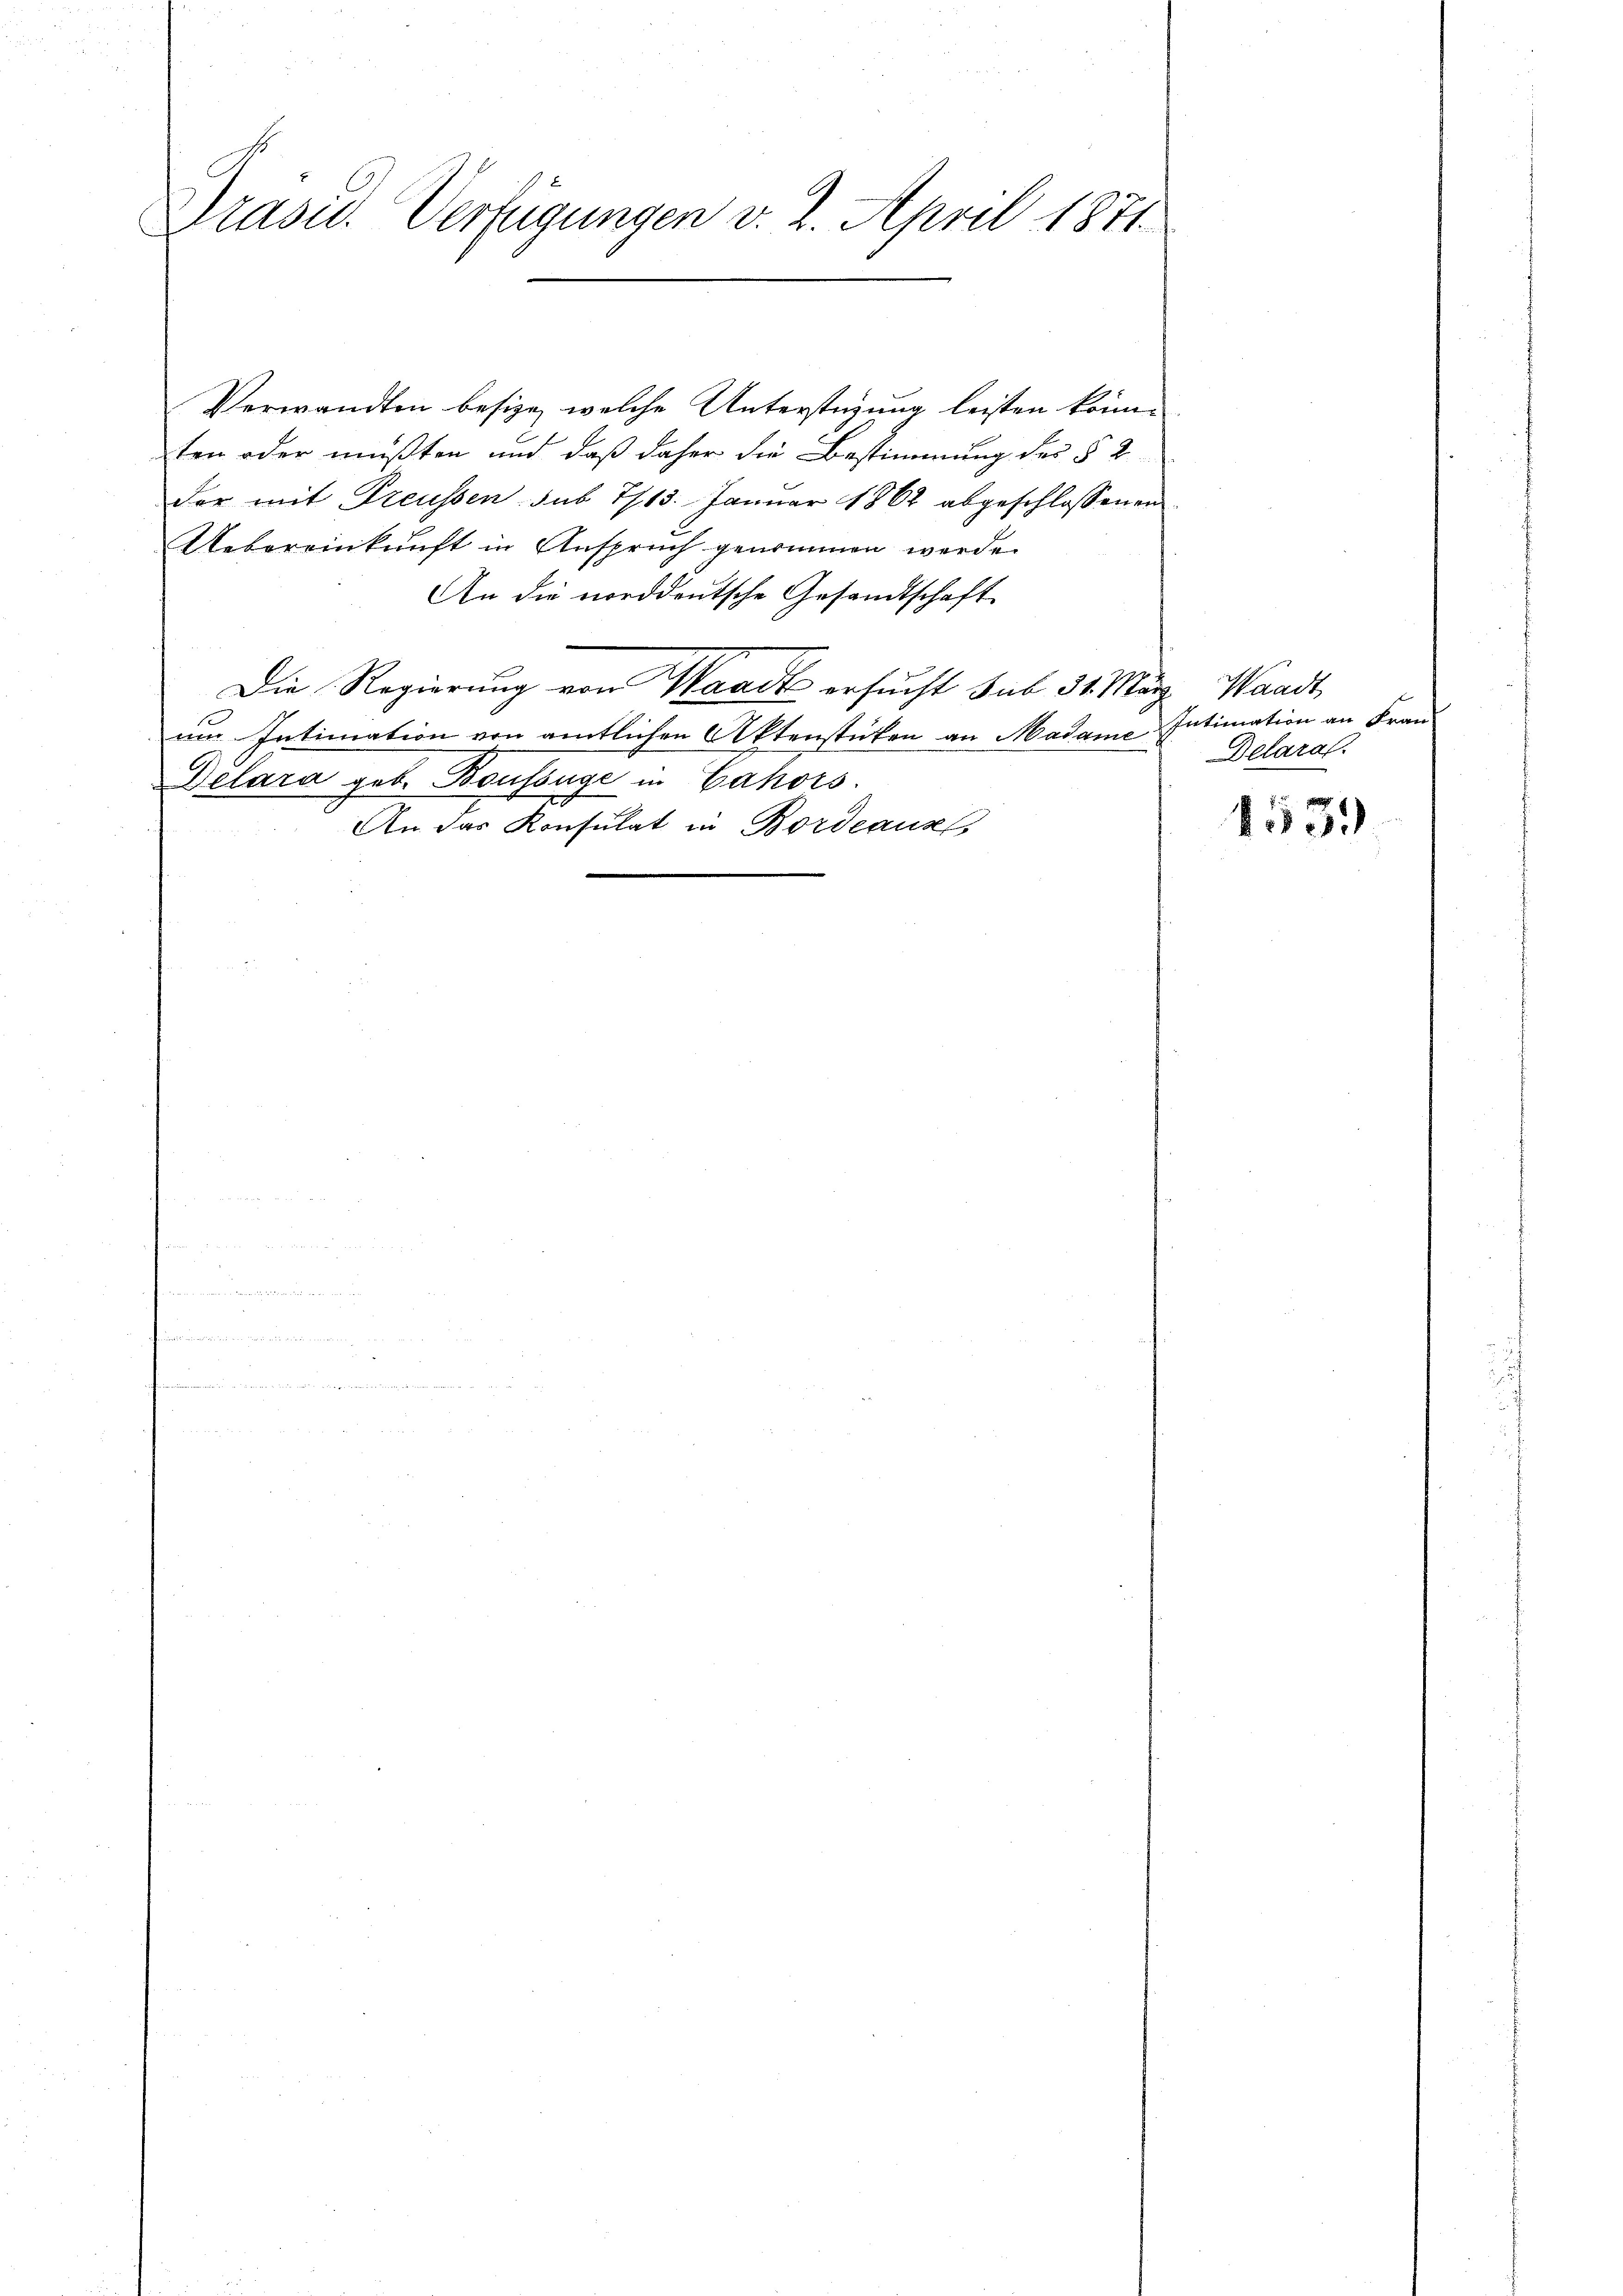
Präsid.. Verfügungen v. 2. April 1871.

Verwandten besize, welche Unterstüzung leisten könnten oder müßten und daß daher die Bestimmung des § 2
der mit Freussen sub 7/13. Januar 1862 abgeschlossenen
Uebereinkunft in Anspruch genommen werde.
An die norddeutsche Gesandtschaft
Die Regierung von Waadt ersucht sub 31. März. Waadt
um Intimation von amtlichen Aktenstücken an Madame Intimation an Frau
Delara geb. Boussage in Cahors
An das Konsulat in Bordeauss

Delaral.

1539